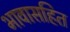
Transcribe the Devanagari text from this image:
भावासहित